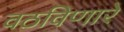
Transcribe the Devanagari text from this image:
वठविणारे